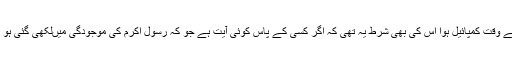
جو قرآن حکیم ابوبکر (ر) کے وقت کمپائیل ہوا اس کی بھی شرط یہ تھی کہ اگر کسی کے پاس کوئی آیت ہے جو کہ رسول اکرم کی موجودگی میں‌لکھی گئی ہو تو وہ شامل ہوگی ورنہ نہیں۔